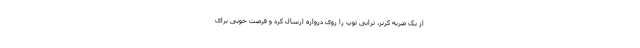
از یک ضربه کرنر، ترابی توپ را روی دروازه ارسال کرد و فرصت خوبی برای